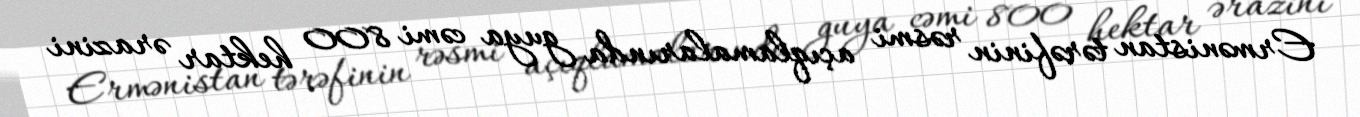
Ermənistan tərəfinin rəsmi açıqlamalarında guya cəmi 800 hektar ərazini